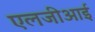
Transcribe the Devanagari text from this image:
एलजीआई